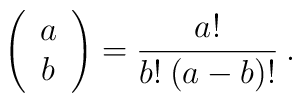
\left( \begin{array}{c}  a \\  b      \end{array}  \right)=\frac{a!}{b!\: (a-b)!} \: .